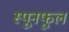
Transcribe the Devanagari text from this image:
स्पूनफूल